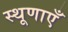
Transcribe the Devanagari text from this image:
स्थूणाएँ